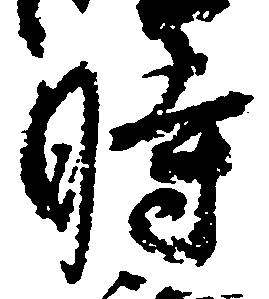
時